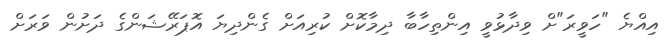
އިއްޔެ "ހަވީރަ"ށް ވިދާޅުވީ އިންތިހާބާ ދިމާކޮށް ކުރިއަށް ގެންދިޔަ އޮޕަރޭޝަންގެ ދަށުން ވަރަށް